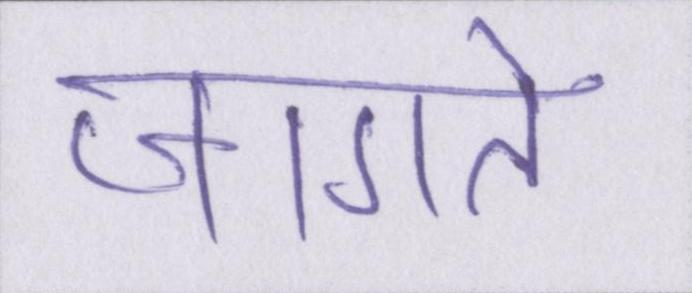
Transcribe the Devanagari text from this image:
जागते